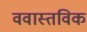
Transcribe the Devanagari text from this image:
ववास्तविक